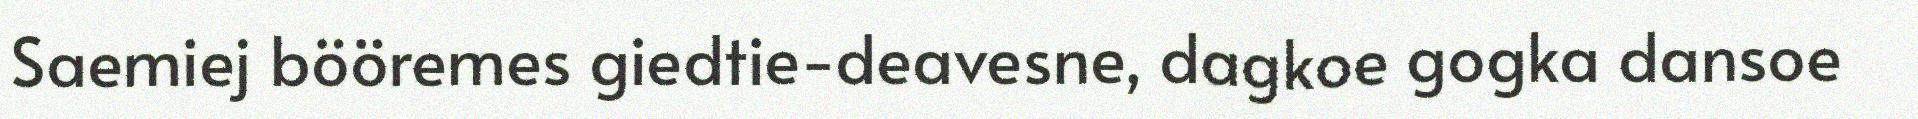
Saemiej bööremes giedtie-deavesne, dagkoe gogka dansoe